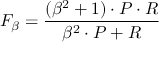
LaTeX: F _ { \beta } = { \frac { ( \beta ^ { 2 } + 1 ) \cdot P \cdot R } { \beta ^ { 2 } \cdot P + R } }